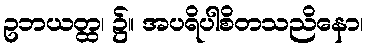
ဥဘယတ္ထ၊ ၌။ အပရိပါစိတသညိနော၊